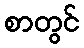
စာတွင်